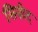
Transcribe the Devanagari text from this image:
सिग्रीद